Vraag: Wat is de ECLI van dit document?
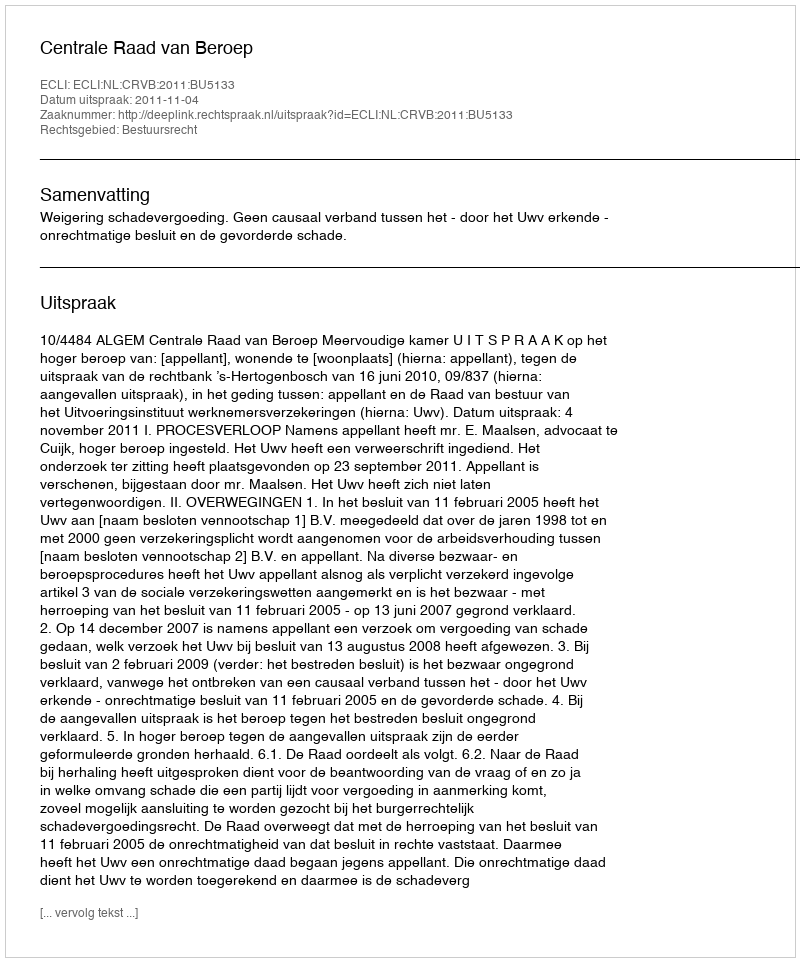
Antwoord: ECLI:NL:CRVB:2011:BU5133